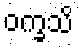
ဝက္ခသိ